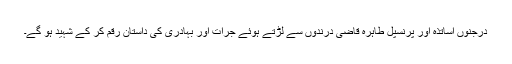
درجنوں اساتذہ اور پرنسپل طاہرہ قاضی درندوں سے لڑتے ہوئے جرات اور بہادری کی داستان رقم کر کے شہید ہو گے۔